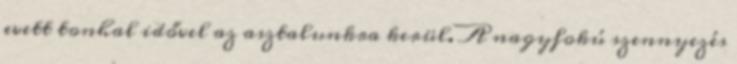
evett tonhal idővel az asztalunkra kerül. A nagyfokú szennyezés